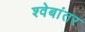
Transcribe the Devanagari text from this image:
श्वेबांतर